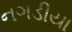
નગડીયા